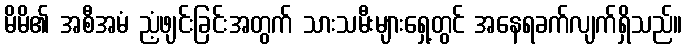
မိမိ၏ အစီအမံ ညံ့ဖျင်းခြင်းအတွက် သားသမီးများရှေ့တွင် အနေရခက်လျက်ရှိသည်။